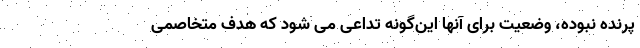
پرنده نبوده، وضعیت برای آنها این‌گونه تداعی می شود که هدف متخاصمی